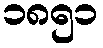
၁၈၅၁